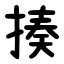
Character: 揍